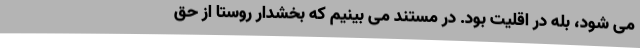
می شود، بله در اقلیت بود. در مستند می بینیم که بخشدار روستا از حق